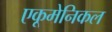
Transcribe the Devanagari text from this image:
एकूमेनिकल